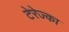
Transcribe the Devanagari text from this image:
टेरेज्का